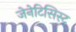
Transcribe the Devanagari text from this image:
जेनेटिसिस्ट